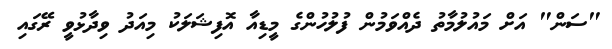
"ސަން" އަށް މައުލުމާތު ދެއްވަމުން ފުލުހުންގެ މީޑިއާ އޮފިޝަލަކު މިއަދު ވިދާޅުވީ ރޭގައި